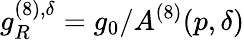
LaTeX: g_{R}^{(8),\delta}=g_{0}/A^{(8)}(p,\delta)